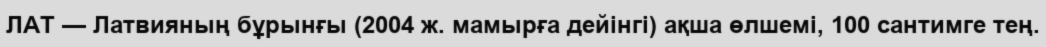
ЛАТ — Латвияның бұрынғы (2004 ж. мамырға дейінгі) ақша өлшемі, 100 сантимге тең.